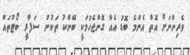
ވެރިންނަށް އޮތް އެންމެ ބޮޑު އެއް ގޮންޖެހުމަކީ ބޭންކު ތަކުން ސަފާރީ ބޯޓުތައް